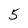
Character: 5